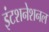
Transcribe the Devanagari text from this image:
इंटशनेशनल